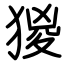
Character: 猣